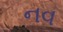
નવ